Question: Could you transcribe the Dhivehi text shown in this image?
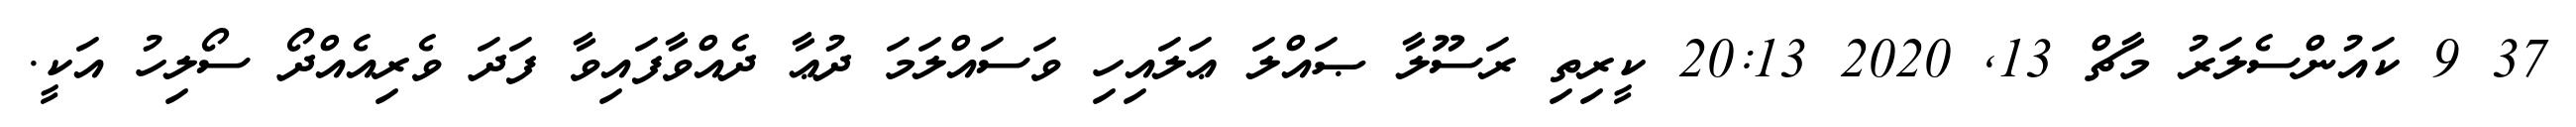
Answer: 37 9 ކައުންސެލަރު މާޗް 13, 2020 20:13 ކީރިތި ރަސޫލާ ޞައްލަ ޢަލައިހި ވަސައްލަމަ ދުޢާ ދެއްވާފައިވާ ފަދަ ވެރިއެއްދޯ ސޯލިހު އަކީ.